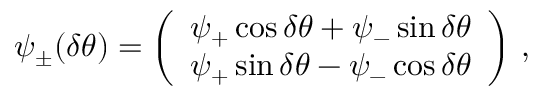
\psi _ { \pm } ( \delta \theta ) = { \left( \begin{array} { l } { { \psi _ { + } \cos \delta \theta + \psi _ { - } \sin \delta \theta } } \\ { { \psi _ { + } \sin \delta \theta - \psi _ { - } \cos \delta \theta } } \end{array} \right) } ~ ,